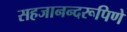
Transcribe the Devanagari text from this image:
सहजानन्दरूपिणे